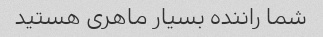
شما راننده بسیار ماهری هستید